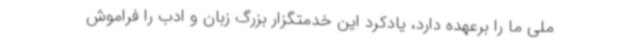
ملی ما را برعهده دارد، یادکرد این خدمتگزار بزرگ زبان و ادب را فراموش